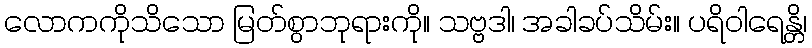
လောကကိုသိသော မြတ်စွာဘုရားကို။ သဗ္ဗဒါ၊ အခါခပ်သိမ်း။ ပရိဝါရေန္တိ၊